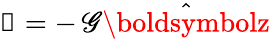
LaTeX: \boldsymbol{\mathscr{G}}=-\, \mathscr{G}\hat{{\boldsymbolz}}